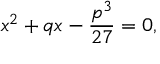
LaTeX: x ^ { 2 } + q x - { \frac { p ^ { 3 } } { 2 7 } } = 0 ,